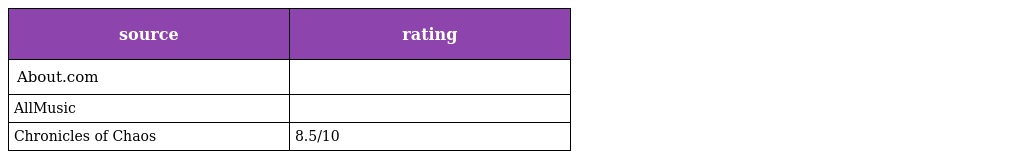
| source | rating |
 | --- | --- |
 | About.com |  |
 | AllMusic |  |
 | Chronicles of Chaos | 8.5/10 |